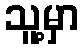
သူ့မှာ